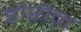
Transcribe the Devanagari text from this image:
डोरीन